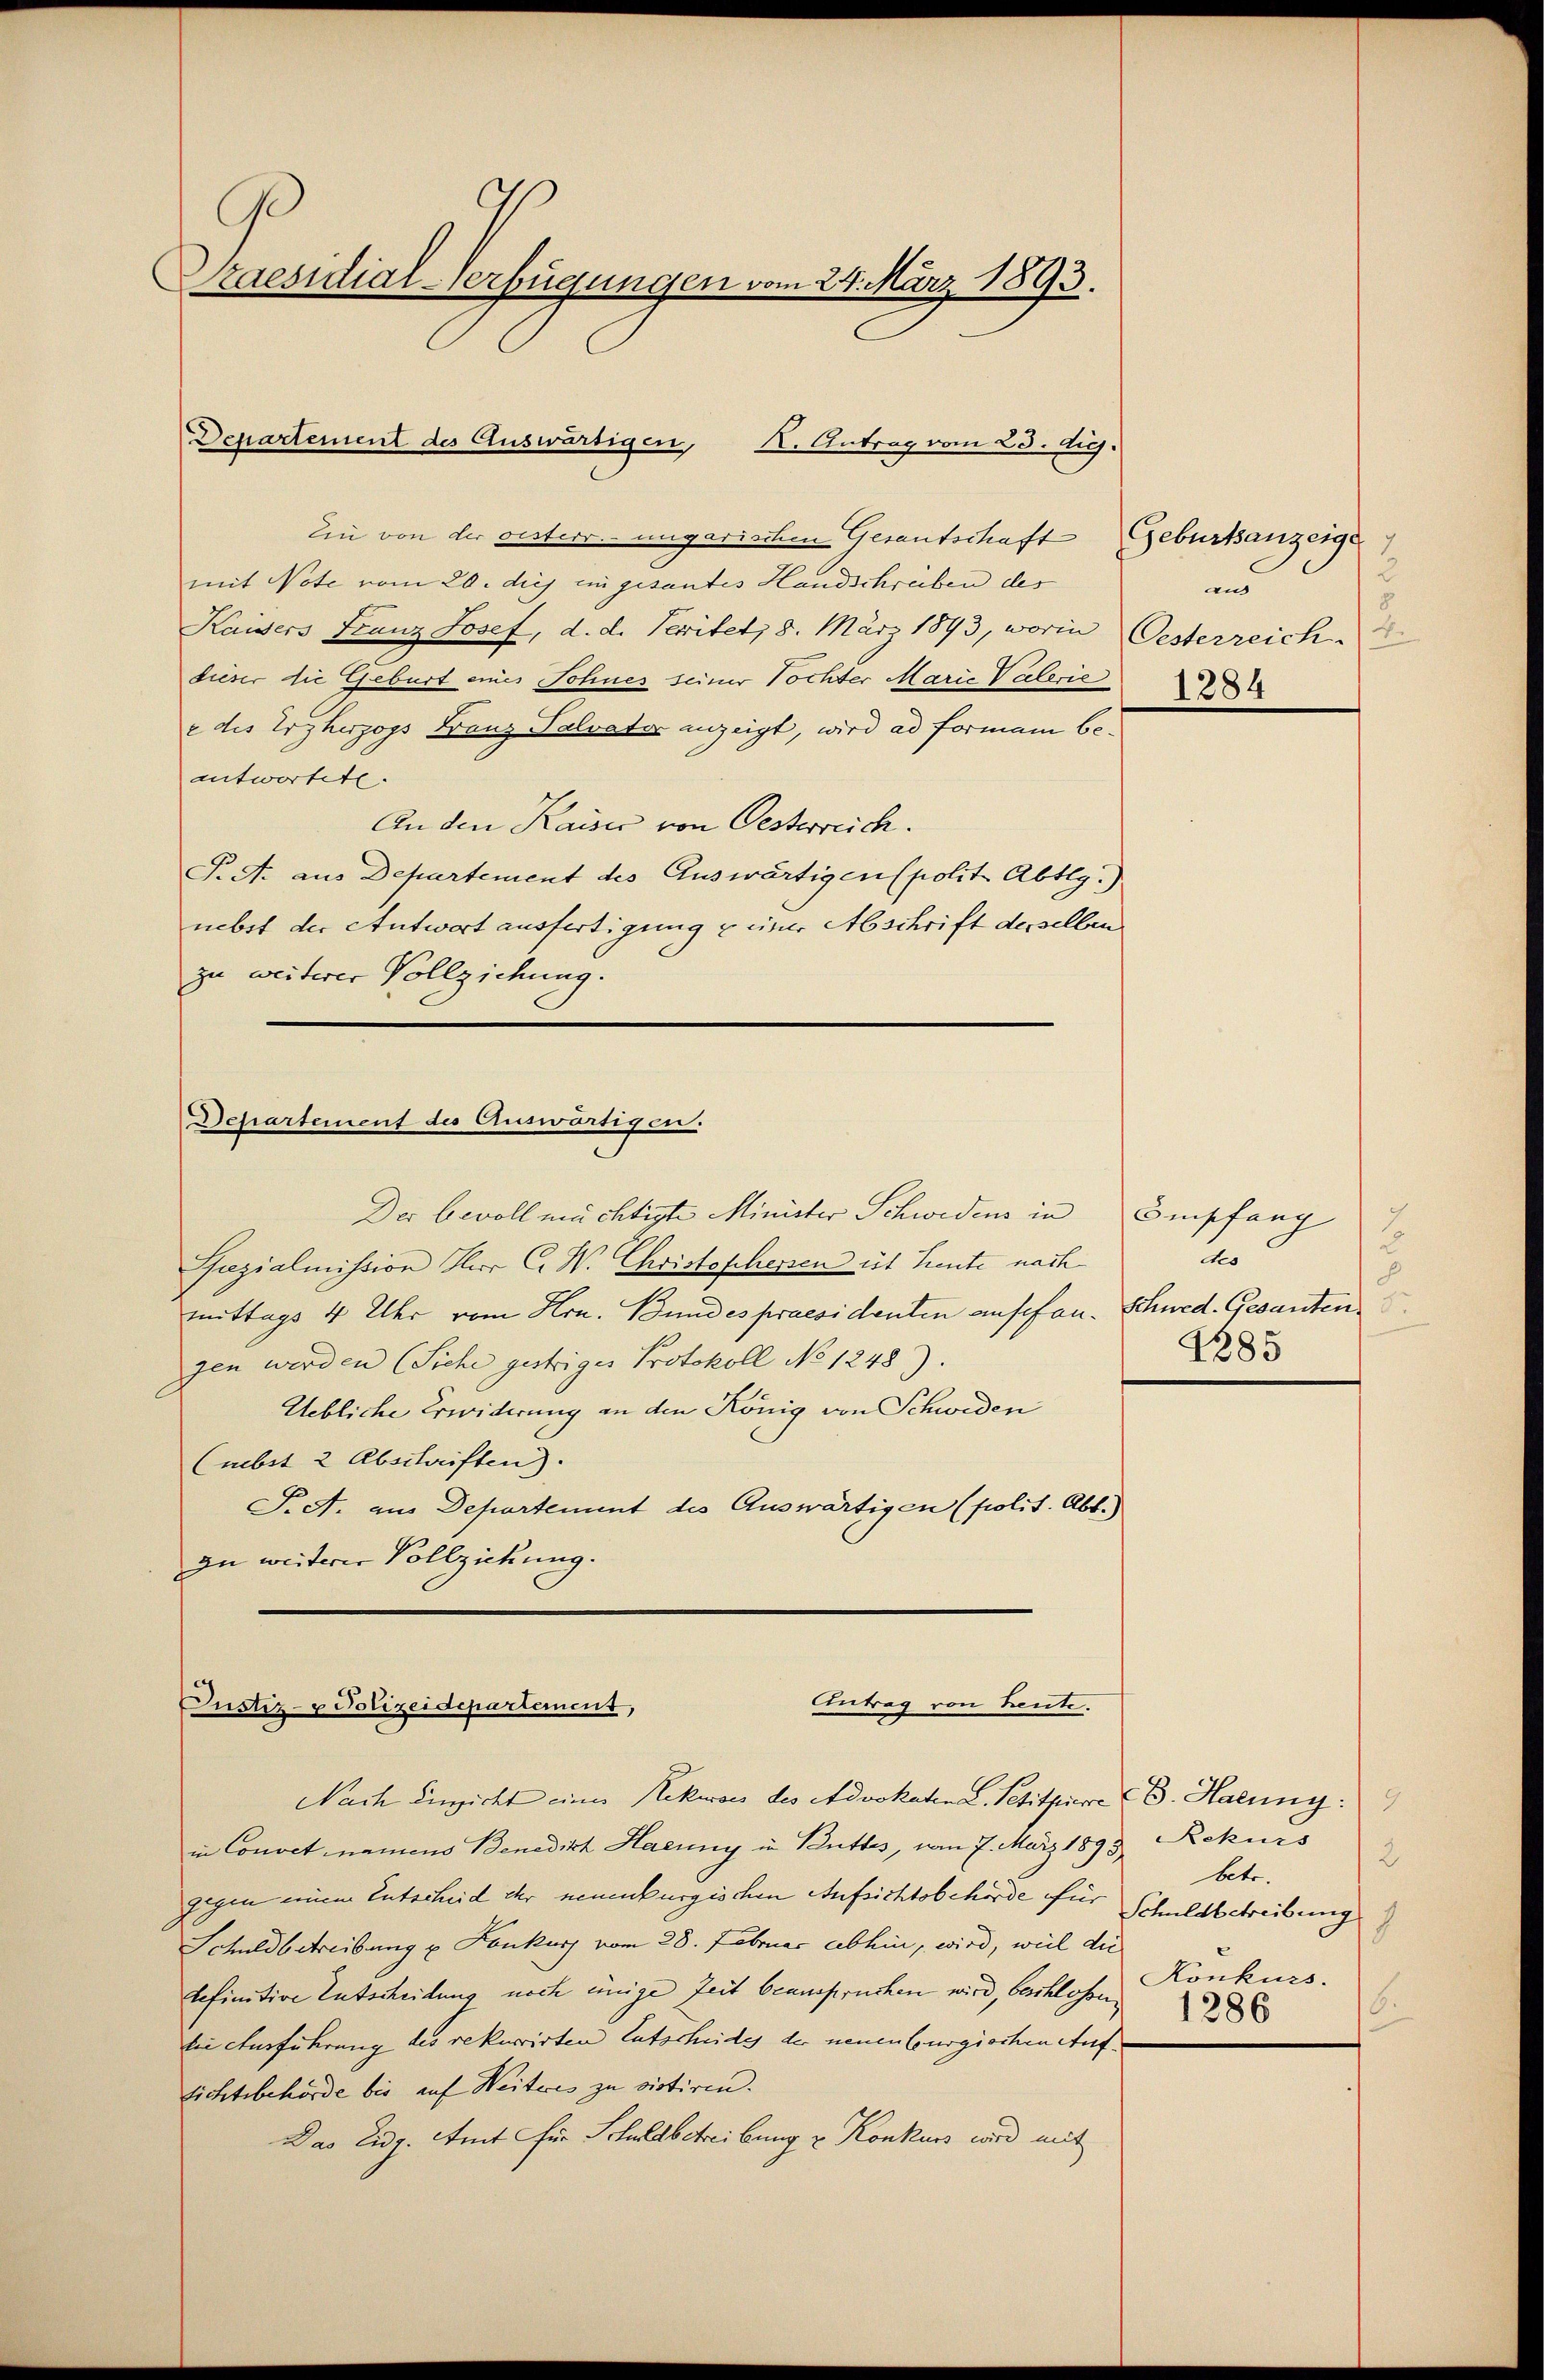
Praesidial-Verfügungen vom 24. März 1893.

Ein von der gesterr. ungarischen Gesantschaft Geburtsanzeige
mit Note vom 20. diej ein gesantes Handschreiben des
Kaisers Franz Josef, d. d. Seitet, 8. März 1893, worin Oesterreich
dieser die Geburt eines Sohnes seiner Tochter Marie Vaterie
e des Erzherzogs Bauz Palvater anzeigt, wird ad Formani beantwortete.
An den Kaiser von Oesterreich.
P. A. aus Departement des Auswärtigen (polit. Abtlg.)
nebst der Antwort ausfertigung & einer Abschrift desselben
zu weiterer Vollziehung.

Departement des Auswärtigen, K. Antrag vom 23. d.

Departement des Auswärtigen.

Der bevollmächtigte Minister Schwedens in
Razialmission Herr C. W. Christophessen ist heute nach
mittags 4 Uhr vom Hrn. Bundes praesidenten ansehen. Schwed. Gesanten
gen werden (Siehe gestriges Protokoll No 1248).
Uebliche Erwiderung an den König von Schweden
(nebst 2 Abschriften).
T. A. aus Departement des Auswärtigen (polit. Abt.)
zu weiterer Vollziehung.

Antrag von Leute.
Justiz- & Polizeidepartement,

2
und
1284

Nach Einsicht einer Rekurses des Advokatene Petitpiere B. Haenny:
in Convet namens Benedith Haenny in Butter, vom 7. März 1893 Rekurs
gegen einem Entscheid ihr neuenburgischen Aufsichtsbehörde für
Schuldbetreibung u Konkurs vom 28. Februar abhin, wird, weil die
befinitive Entscheidung noch einige Zeit beanspruchen wird, beschlossen Konkurs.
bei Ausführung des rekurrirten Entscheides der neuenburgischen Aufsichtsbehörde bis auf Weiteres zu vistiren.
Das Eidg. Amt für Schuldbetreibung u. Konkurs wird mit

Empfang
2
tes
B
4285

9
2
betr.
Schuldbetreibung
.
1286